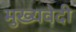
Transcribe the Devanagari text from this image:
मुख्यवेदी